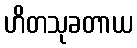
ဟိတသုခတာယ